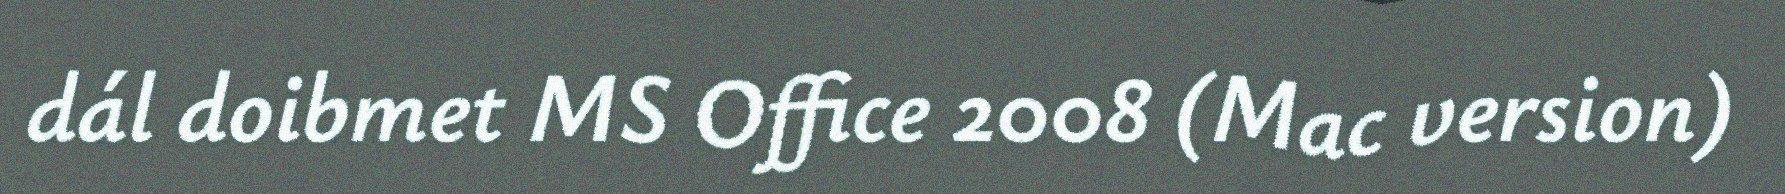
dál doibmet MS Office 2008 (Mac version)